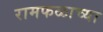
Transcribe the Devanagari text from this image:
रामफळाच्या